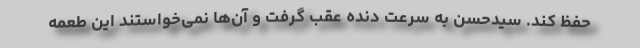
حفظ کند. سیدحسن به سرعت دنده عقب گرفت و آن‌ها نمی‌خواستند این طعمه